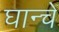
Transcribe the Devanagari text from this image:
घान्चे